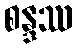
စန္ဒဿ